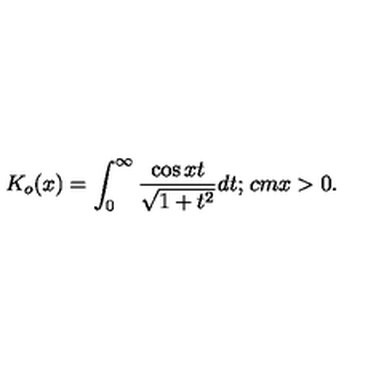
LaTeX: K _ { o } ( x ) = \int _ { 0 } ^ { \infty } \frac { \cos x t } { \sqrt { 1 + t ^ { 2 } } } d t ; \hspace * { 1 c m } x > 0 .